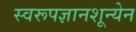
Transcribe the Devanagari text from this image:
स्वरूपज्ञानशून्येन